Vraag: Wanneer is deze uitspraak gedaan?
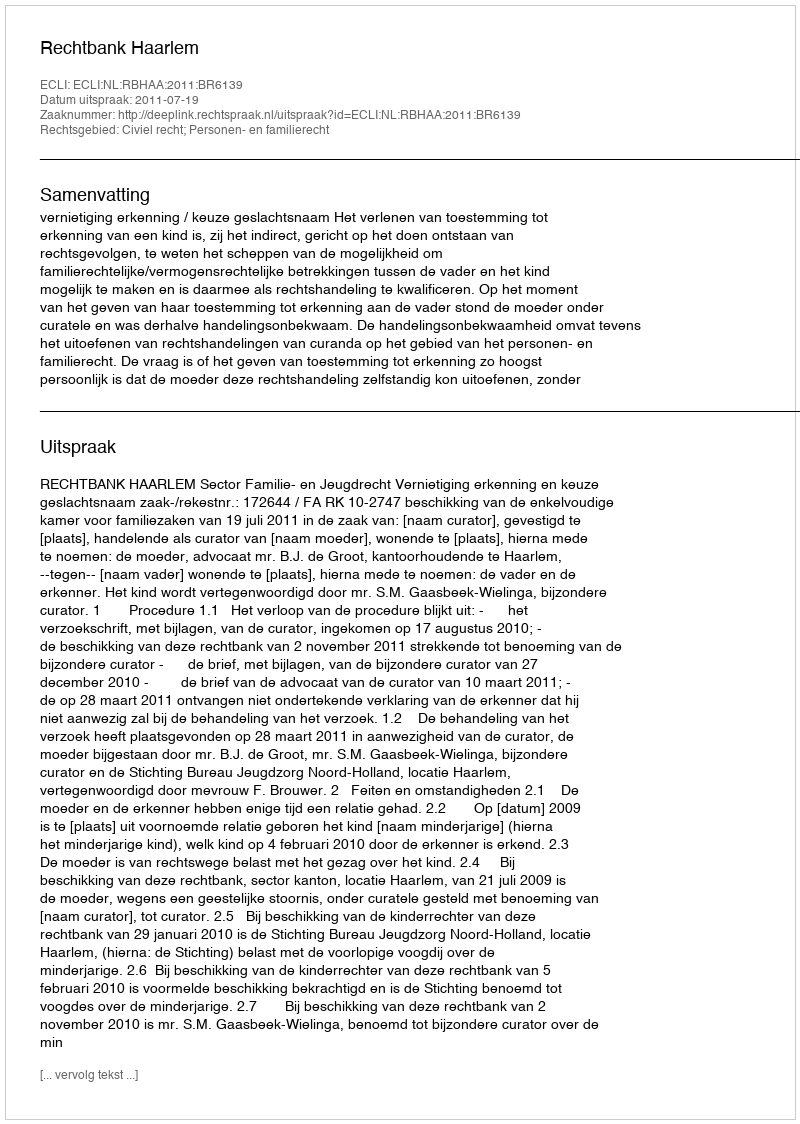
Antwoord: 2011-07-19